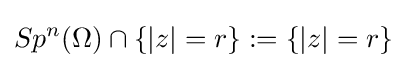
Sp^{n}(\Omega )\cap \{|z|=r\}:=\{|z|=r\}